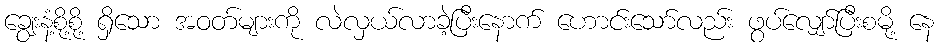
ချွေးနံ့စို့စို့ ရှိသော အဝတ်များကို လဲလှယ်လာခဲ့ပြီးနောက် ဟောင်းသော်လည်း ဖွပ်လျှော်ပြီးစမို့ နေ